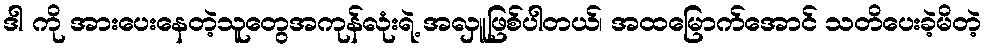
ဒါ ကို အားပေးနေတဲ့သူတွေအကုန်လုံးရဲ့ အလှူဖြစ်ပါတယ်၊ အထမြောက်အောင် သတိပေးခဲ့မိတဲ့